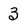
Character: 3